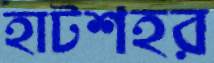
হাটশহর